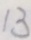
1 3